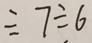
\div 7 \div 6